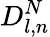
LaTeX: D_{l,n}^{N}